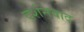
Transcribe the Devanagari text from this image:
दर्शनवाद